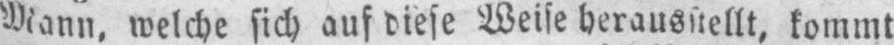
Mann, welche sich auf diese Weise herausstellt, kommt